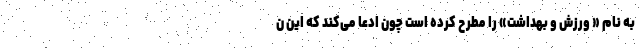
به نام « ورزش و بهداشت» را مطرح کرده است چون ادعا می‌کند که این ن